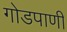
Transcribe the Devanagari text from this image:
गोडपाणी